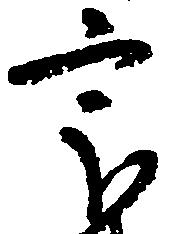
最